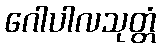
ဂေါပါလသုတ္တံ